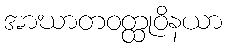
အာဃာတဝတ္ထုဝိနယာ